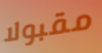
مقبولا